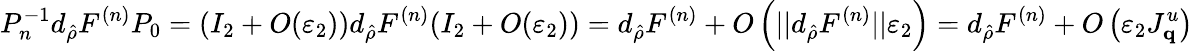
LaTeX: P_{n}^{-1}d_{\hat{\rho}}F^{(n)}P_{0}=(I_{2}+O(\varepsilon_{2}))d_{\hat{\rho}}F^{(n)}(I_{2}+O(\varepsilon_{2}))=d_{\hat{\rho}}F^{(n)}+O\left(||d_{\hat{\rho}}F^{(n)}||\varepsilon_{2}\right)=d_{\hat{\rho}}F^{(n)}+O\left(\varepsilon_{2}J_{\mathbf{q}}^{u}\right)